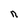
Character: n